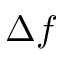
\Delta f